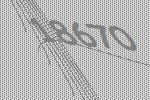
18670